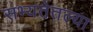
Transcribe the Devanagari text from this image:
सभ्यतेतल्या